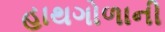
હાથગોળાની